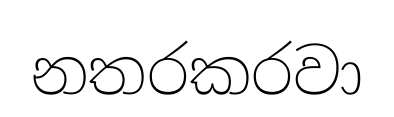
නතරකරවා